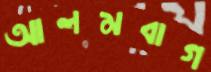
আলমবাগ